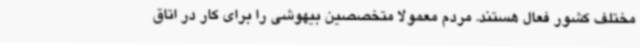
مختلف کشور فعال هستند. مردم معمولا متخصصین بیهوشی را برای کار در اتاق